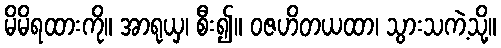
မိမိရထားကို။ အာရုယှ၊ စီး၍။ ဝဇဟိတယထာ၊ သွားသကဲ့သို့။